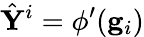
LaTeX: \hat{\mathbf{Y}}^{i}=\phi^{\prime}(\mathbf{g}_{i})